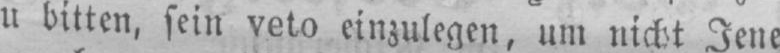
u bitten, sein veto einzulegen, um nicht Jene